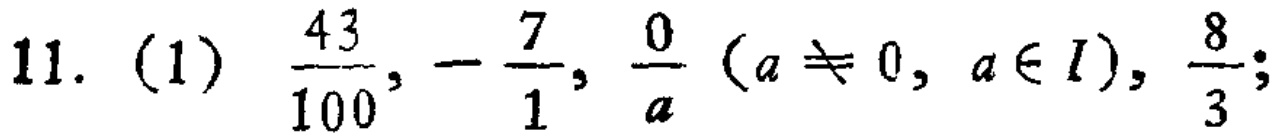
11. (1) \(\frac{43}{100},-\frac{7}{1},\frac{0}{a}(a\neq 0,a\in I),\frac{8}{3};\)